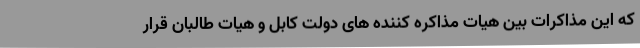
که این مذاکرات بین هیات مذاکره کننده های دولت کابل و هیات طالبان قرار